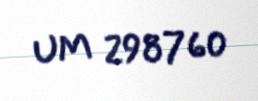
UM 298760